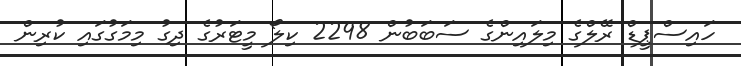
ހައިސްޕީޑް ރޭލްގެ މިލައިންގެ ސަބަބުން 2298 ކިލޯ މީޓަރުގެ ދިގު މިމަގުގައި ކުރިން